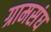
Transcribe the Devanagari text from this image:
ग्रामसंघ